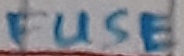
Text: FUSE